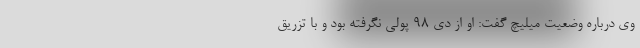
وی درباره وضعیت میلیچ گفت: او از دی ۹۸ پولی نگرفته بود و با تزریق